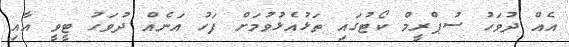
އެއް ދުވަހު ސުޕްރީމް ކޯޓުގައި ތަޅުއެޅުވުމަށް ފަހު އަނެއް ދުވަހު ޓީވީ އާއި